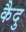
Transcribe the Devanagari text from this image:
कैदु